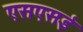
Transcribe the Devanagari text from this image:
एसएसई